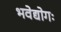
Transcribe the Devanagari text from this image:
भवेद्योगः